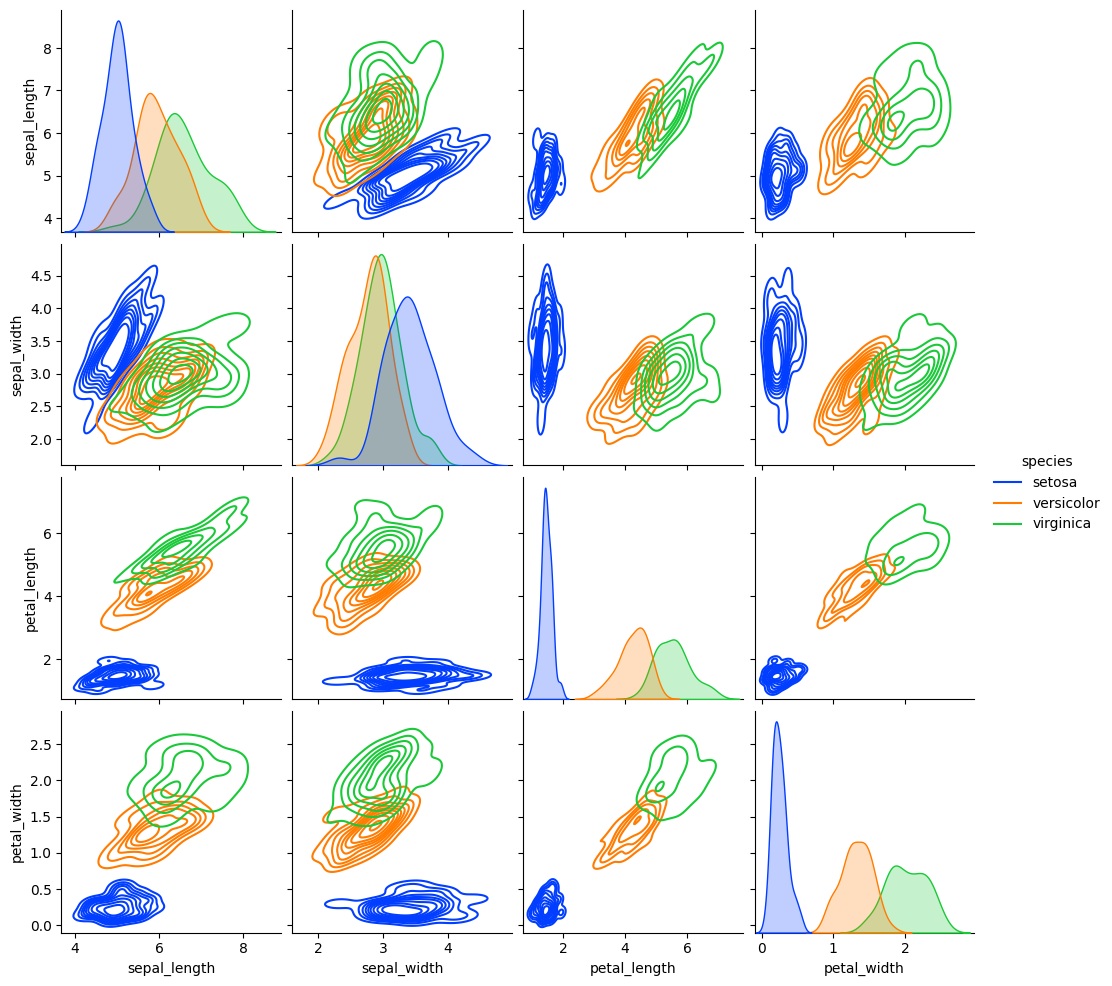
python, seaborn, pairplot, palette='bright', markers=['o', 's', 'D'], kind='kde', diag_kind='kde'